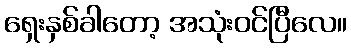
ရှေးနှစ်ခါတော့ အသုံးဝင်ပြီလေ။